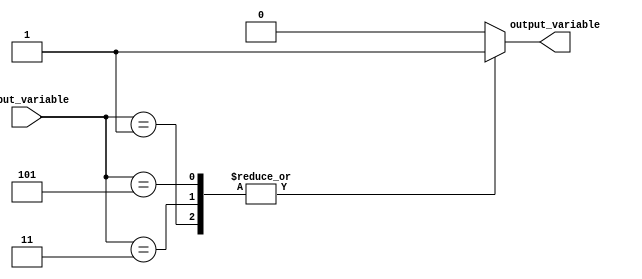
module behavioral_modeling (
    input wire [2:0] input_variable,
    output reg output_variable
);

initial begin
    case(input_variable)
        3'b000: output_variable = 1'b0; // Case when input_variable is 000
        3'b001: output_variable = 1'b1; // Case when input_variable is 001
        3'b010: output_variable = 1'b0; // Case when input_variable is 010
        3'b011: output_variable = 1'b1; // Case when input_variable is 011
        3'b100: output_variable = 1'b0; // Case when input_variable is 100
        3'b101: output_variable = 1'b1; // Case when input_variable is 101
        default: output_variable = 1'b0; // Default case
    endcase
end

endmodule